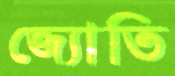
জ্যোতি